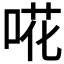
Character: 𠵅